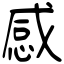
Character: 感